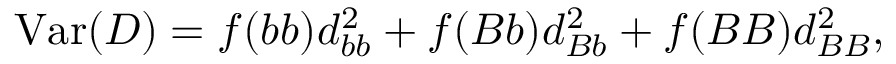
\mathrm { V a r } ( D ) = f ( b b ) d _ { b b } ^ { 2 } + f ( B b ) d _ { B b } ^ { 2 } + f ( B B ) d _ { B B } ^ { 2 } ,